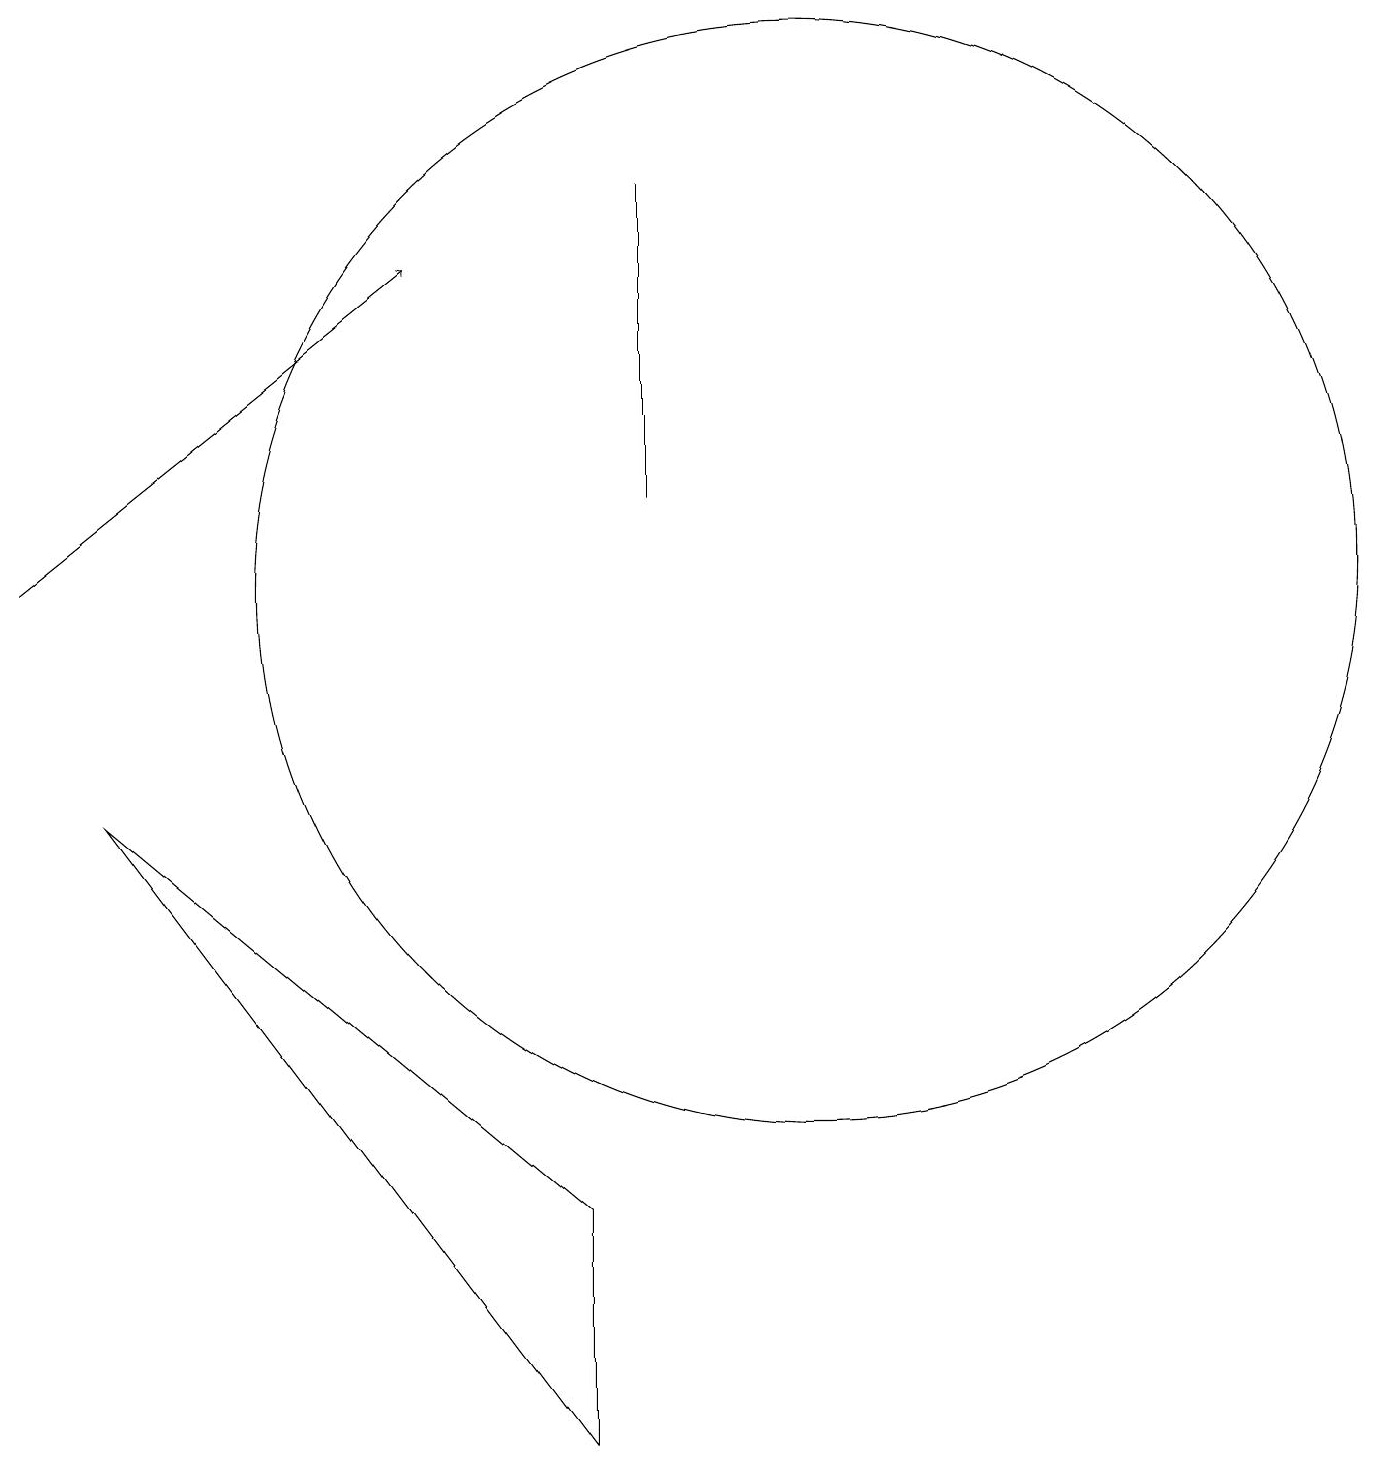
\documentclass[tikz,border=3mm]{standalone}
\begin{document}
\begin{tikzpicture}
\draw (9,17) rectangle (9,13);
\draw (8,4) -- (8,1) -- (2,9) -- cycle;
\draw (11,12) circle (7);
\draw[->] (1,12) -- (6,16);
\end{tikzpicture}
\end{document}